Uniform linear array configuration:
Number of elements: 12
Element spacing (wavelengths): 0.5
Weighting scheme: blackman
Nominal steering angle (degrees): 30
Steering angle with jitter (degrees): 31.628
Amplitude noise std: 0.05
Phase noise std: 0.05

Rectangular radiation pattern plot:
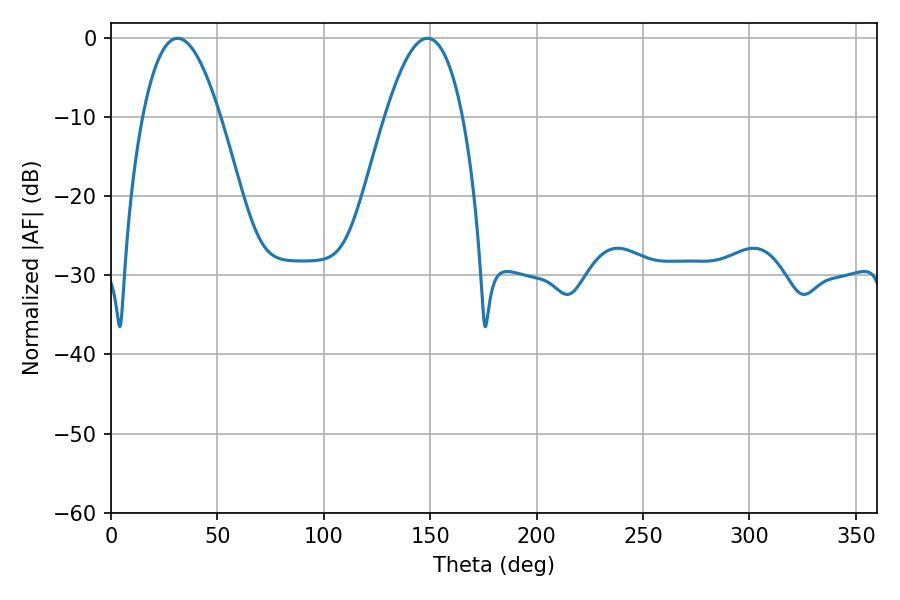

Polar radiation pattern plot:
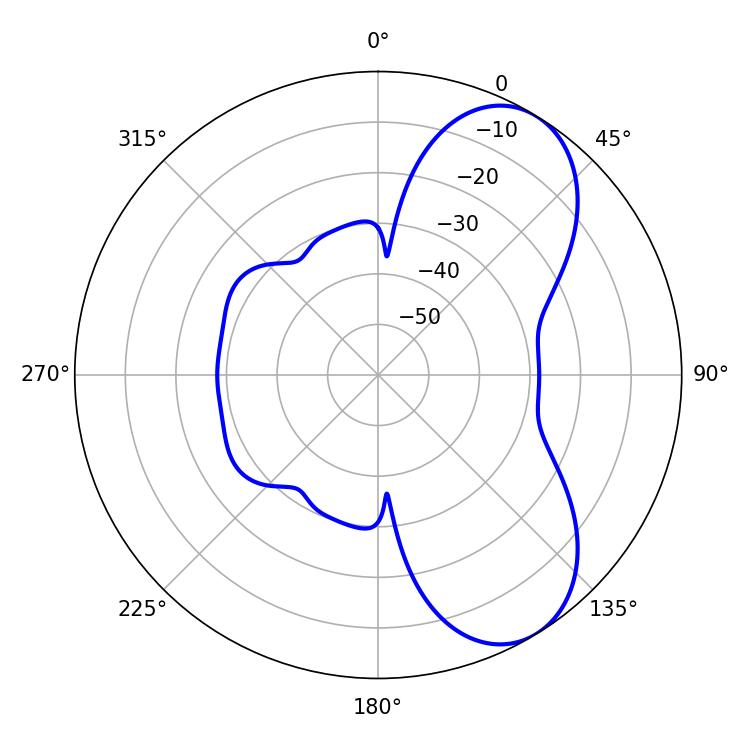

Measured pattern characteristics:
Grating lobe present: FALSE
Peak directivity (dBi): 7.009
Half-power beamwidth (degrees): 19.98
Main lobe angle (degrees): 148.68